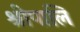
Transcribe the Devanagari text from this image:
श्रीपालि